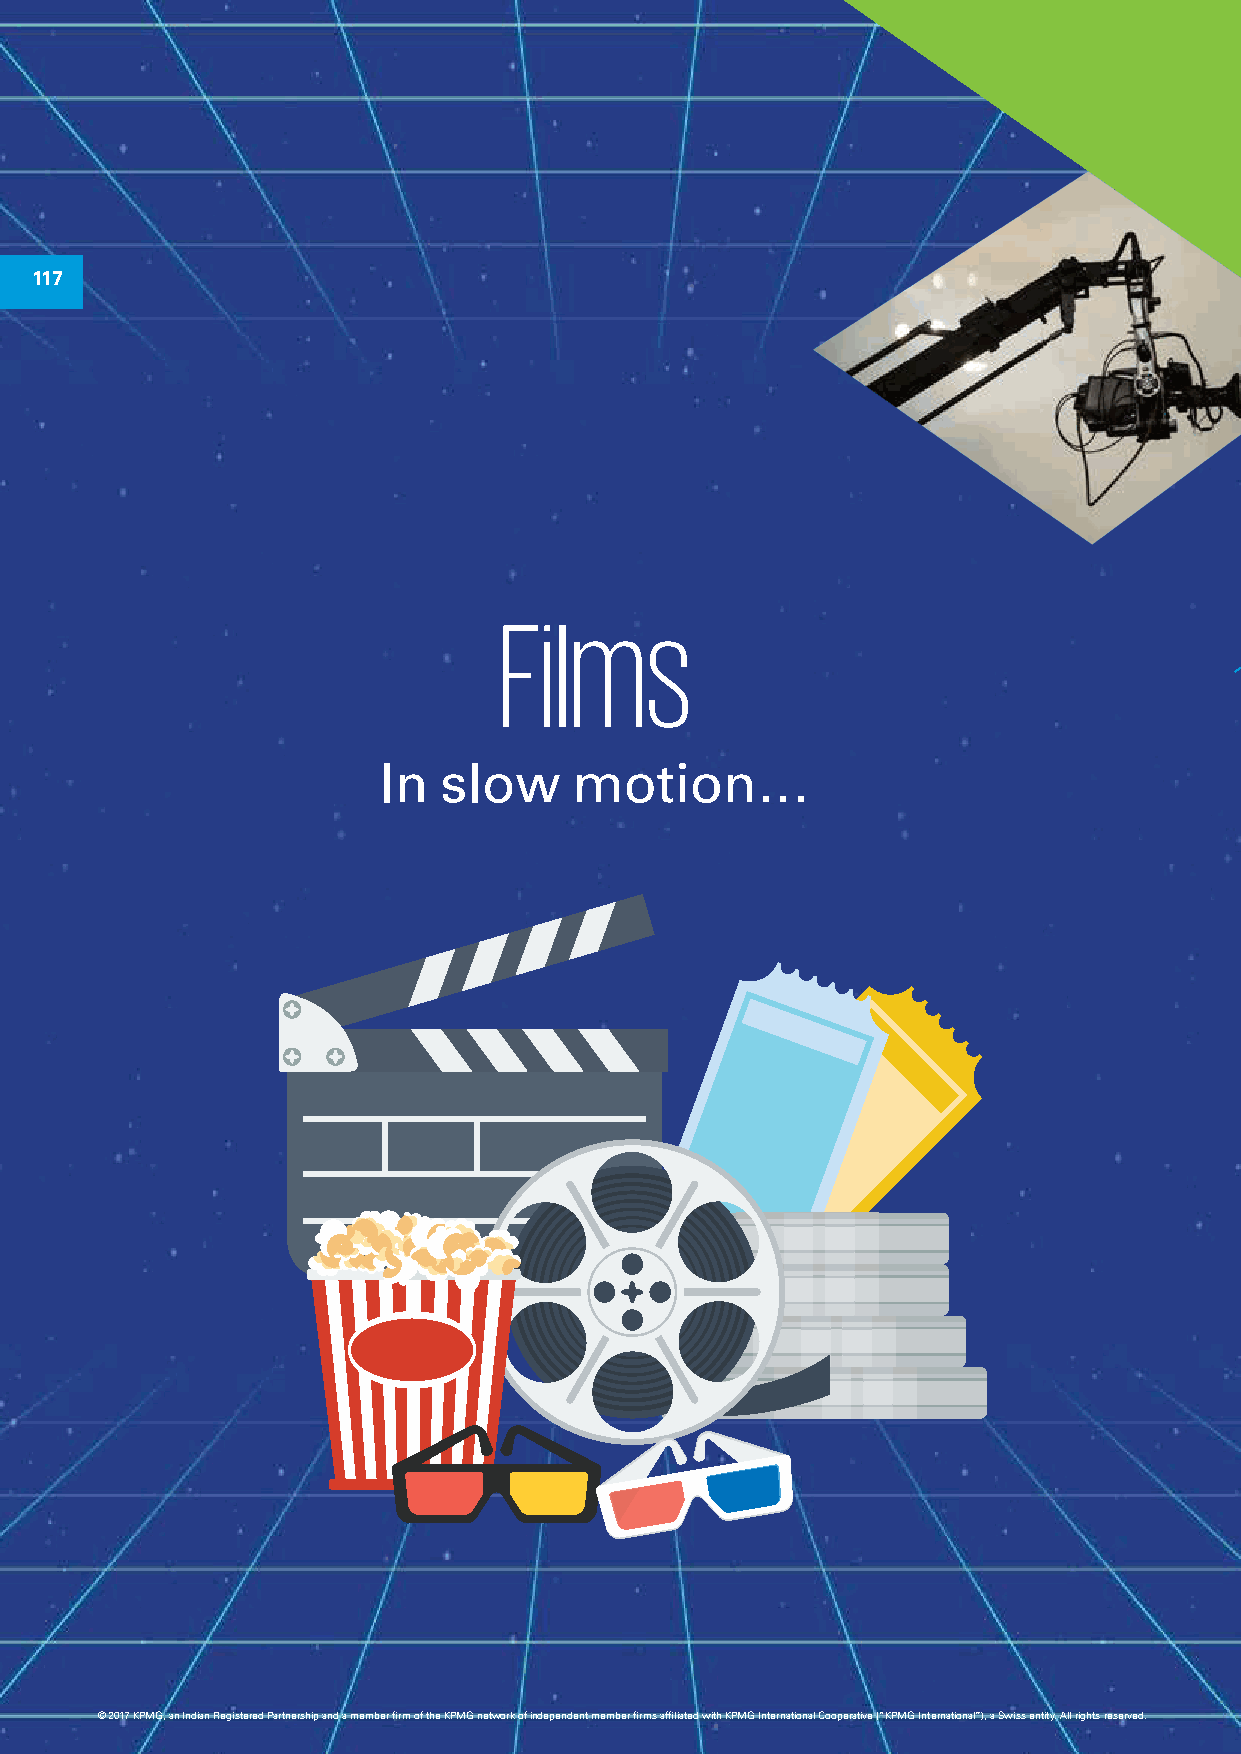
117
 Films
 In  slow     motion…
 © 2017 KPMG, an Indian Registered Partnership and a member firm of the KPMG network of independent member firms affiliated with KPMG International Cooperative (“KPMG International”), a Swiss entity. All rights reserved.